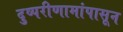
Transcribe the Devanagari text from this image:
दुष्परीणामांपासून